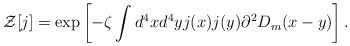
\begin{align*}{\cal Z}[j]=\exp\left[-\zeta\int d^4xd^4yj(x)j(y)\partial^2D_m(x-y)\right].\end{align*}